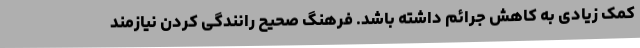
کمک زیادی به کاهش جرائم داشته باشد. فرهنگ صحیح رانندگی کردن نیازمند